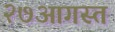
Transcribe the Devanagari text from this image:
२७आगस्त